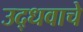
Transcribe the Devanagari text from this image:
उद्धवाचे